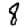
Digit: 8